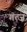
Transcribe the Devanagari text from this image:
गंत्ज़